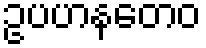
ဥပဟနတေဝ